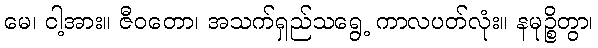
မေ၊ ငါ့အား။ ဇီဝတော၊ အသက်ရှည်သရွေ့ ကာလပတ်လုံး။ နမုဉ္စိတွာ၊